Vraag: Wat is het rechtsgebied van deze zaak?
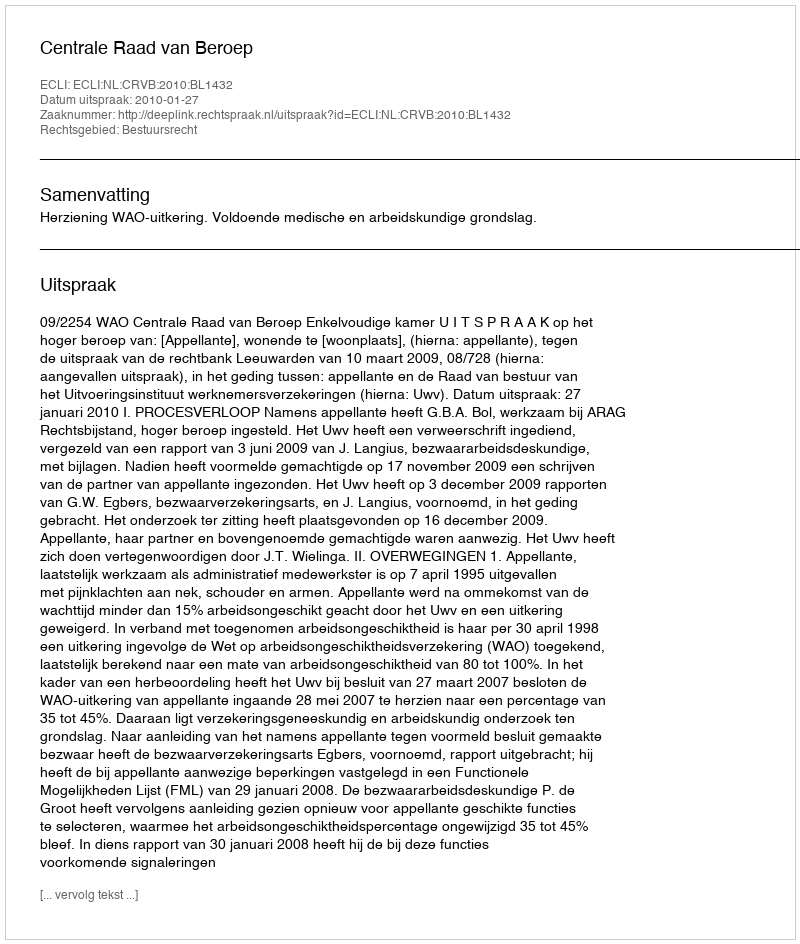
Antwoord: Bestuursrecht